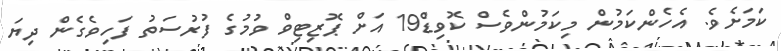
ކަމަށެވެ. އެހެންކަމުން މިކަމުންވެސް ކޮވިޑް19 އަށް ޕޮޒިޓިވް ވުމުގެ ފުރުސަތު ފަހިވެގެން ދިޔަ